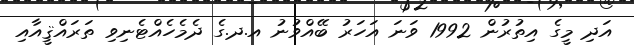
އަދި މީގެ އިތުރުން 1992 ވަނަ އަހަރު ބޭއްވުނު އ.ދ.ގެ ދެމެހެއްޓެނިވި ތަރައްޤީއާއި